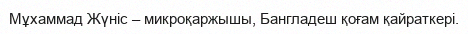
Мұхаммад Жүніс – микроқаржышы, Бангладеш қоғам қайраткері.